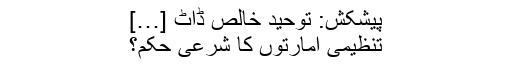
پیشکش: توحیدِ خالص ڈاٹ […]
تنظیمی امارتوں کا شرعی حکم؟